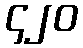
၄၂၀